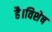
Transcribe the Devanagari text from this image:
है।विशेष